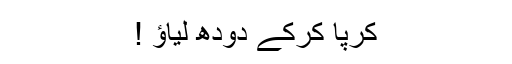
کرپا کرکے دودھ لیاؤ !